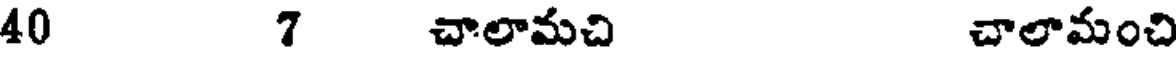
40 7 చాలామచి చాలామంచి